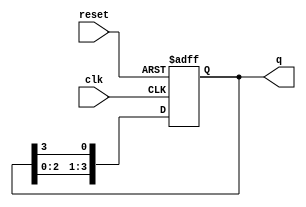
module ring_counter #(
    parameter N = 4  // Number of flip-flops
) (
    input wire clk,      // Clock signal
    input wire reset,    // Reset signal
    output reg [N-1:0] q // Output state
);

    // Initial state
    initial begin
        q = 1'b1; // Set initial state to 100...0
    end

    // Synchronous process
    always @(posedge clk or posedge reset) begin
        if (reset) begin
            q <= 1'b1; // Reset state to 100...0
        end else begin
            // Shift the '1' to the next flip-flop
            q <= {q[N-2:0], q[N-1]}; // Circular shift
        end
    end

endmodule